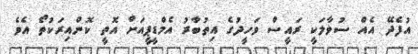
އުފެދޭ އެއް ސުވާލަކީ ރައީސް ވަހީދުގެ އިތުބާރު އެމްޑީޕީއަށް އޮތީ ކޮންއިރަކުތޯ އެވެ